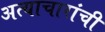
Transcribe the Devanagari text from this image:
अत्याचारांची